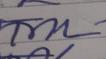
Signature authenticity: genuine